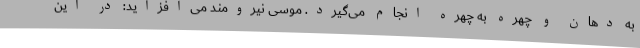
به دهان و چهره به چهره انجام می‌گیرد. موسی نیرومند می‌افزاید: در این